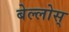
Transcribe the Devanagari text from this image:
बेल्लोस्